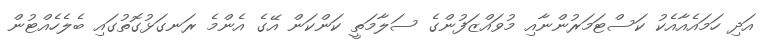
އަދި ހަމައެއާއެކު ކަސްޓަމަރުންނާއި މުވައްޒަފުންގެ ސަލާމަތީ ކަންކަން އޭގެ އެންމެ ރަނގަޅުގޮތުގައި ބެލެހެއްޓުން